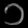
Digit: ၁